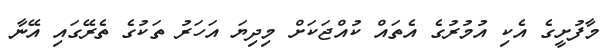
މާފުށީގެ އެކި އުމުރުގެ އެތައް ކުއްޖަކަށް މިދިޔަ އަހަރު ތަކުގެ ތެރޭގައި އޭނާ